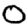
Digit: 0